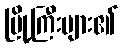
မြို့ကြီးများ၏